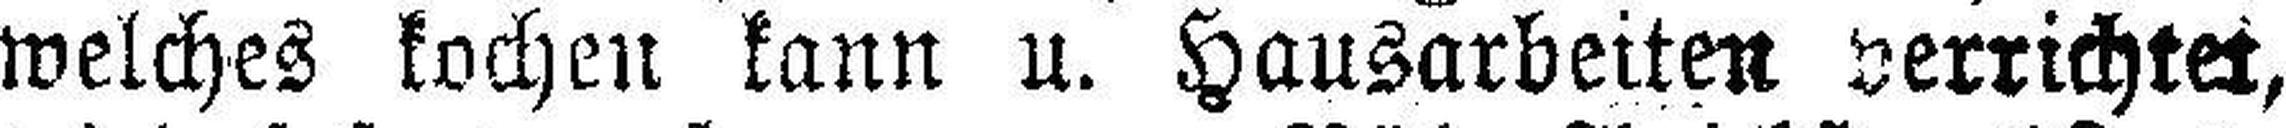
welches kochen kann u. Hausarbeiten verrichtet,